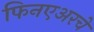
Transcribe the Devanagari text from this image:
फिनएअरचे